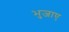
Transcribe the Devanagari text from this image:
भुजाए